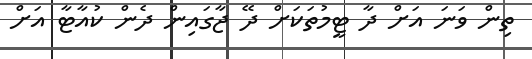
ތިން ވަނަ އަށް ދާ ޓީމުތަކަށް ދޭ ޖާގައިން ދެން ކުއާޓާ އަށް